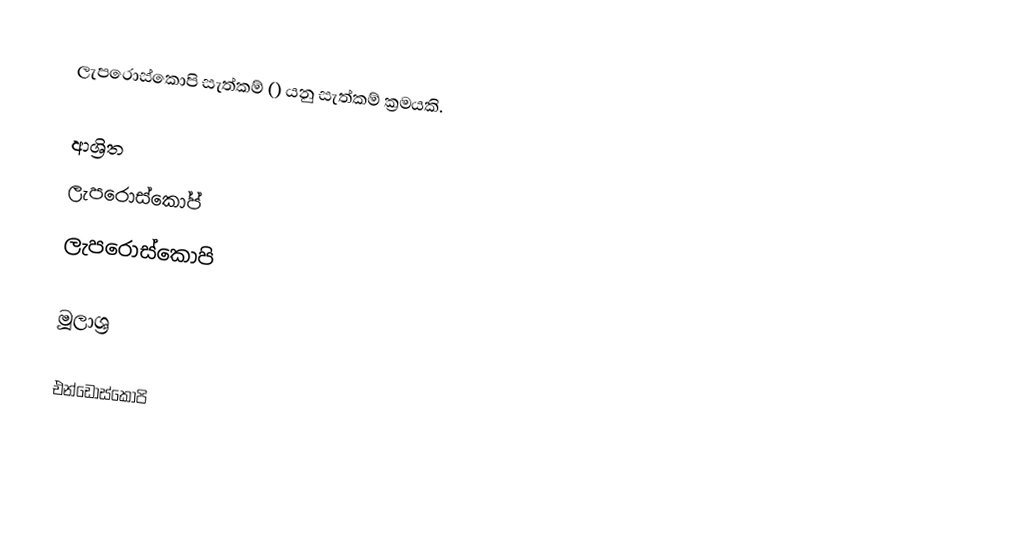
ලැපරොස්කොපි සැත්කම් () යනු සැත්කම් ක්‍රමයකි.

ආශ්‍රිත
 ලැපරොස්කෝප්
 ලැපරොස්කොපි

මූලාශ්‍ර

එන්ඩොස්කොපි